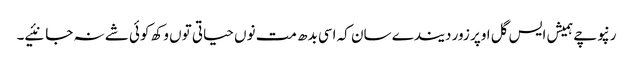
رنپوچے ہمیش ایس گل اوپر زور دیندے سان کہ اسی بدھ مت نوں حیاتی توں وکھ کوئی شے نہ جانئیے۔